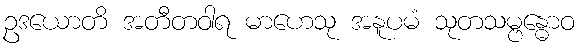
ဥဒယောတိ အတီတဝါရ မာဟေသု အနူပမံ သုတသမ္ဗန္ဓောဝ